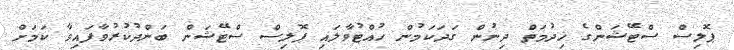
ޕޮލިސް ސްޓޭޝަންގެ ޚިދުމަތް ދިނުން ގަދަކަމުން ހުއްޓުވާލައި ޕޮލިސް ސްޓޭޝަން ބަންދުކުރުވާފައިވާ ކަމަށް